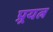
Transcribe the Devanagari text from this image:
प्र्रयत्न